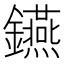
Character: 𨯧